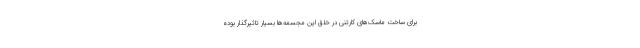
برای ساخت ماسک‌های کارتنی در خلق این مجسمه‌ها بسیار تاثیرگذار بوده